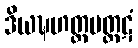
ဒိယဍ္ဎဟတ္ထပတ္ထဋံ